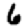
Digit: 6